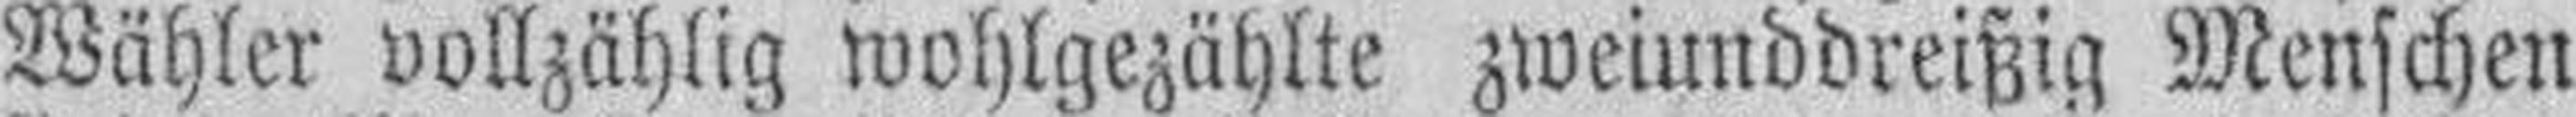
Wähler vollzählig wohlgezählte zweiunddreißig Menschen